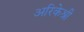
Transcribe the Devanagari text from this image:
अरिकेश्री